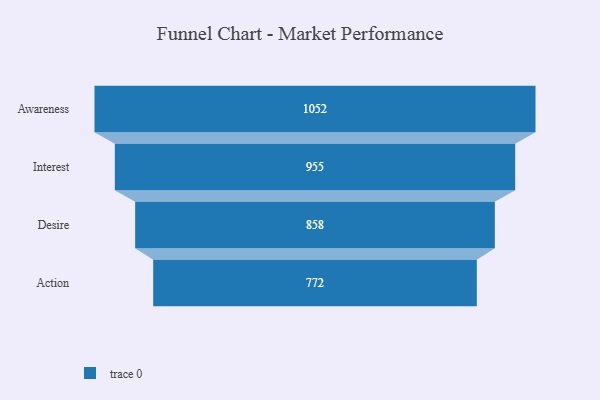
{"axis": {"x": "Stage", "y": "Value"}, "legend": [""], "data": [{"x": "Awareness", "y": 1052.0, "type": ""}, {"x": "Interest", "y": 955.0, "type": ""}, {"x": "Desire", "y": 858.0, "type": ""}, {"x": "Action", "y": 772.0, "type": ""}]}